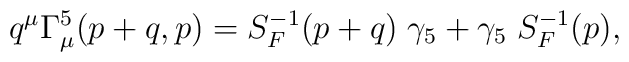
q^\mu\Gamma^5_\mu(p+q,p)=S_F^{-1}(p+q)\;\gamma_5+  \gamma_5\;S_F^{-1}(p),